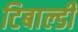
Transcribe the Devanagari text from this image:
टिबाल्डी